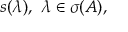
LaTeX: s ( \lambda ) , \, \, \lambda \in \sigma ( A ) ,